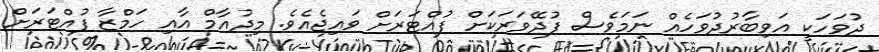
ދުވަހަކީ އަވިބާރުދުވަހެއް ނަމަވެސް ފުދޭވަރަކަށް ފުއްޓަރަށް ވައިޖެއެވެ. މިދުއާމް އާއި ހަމްޒާ ފުއްޓަރަށް